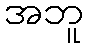
အဘူ